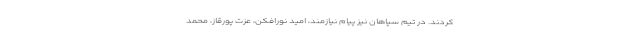
کردند. در تیم سپاهان نیز پیام نیازمند، امید نورافکن، عزت پورقاز، محمد